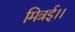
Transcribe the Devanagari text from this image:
मित्रई।।